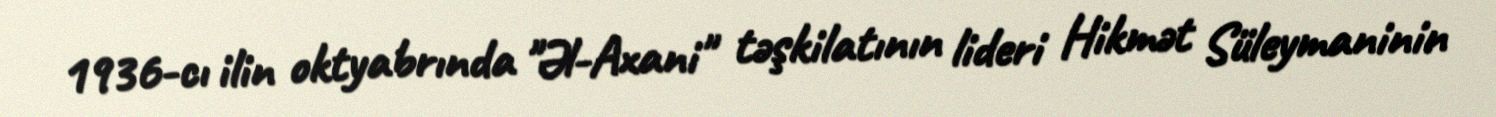
1936-cı ilin oktyabrında "Əl-Axani" təşkilatının lideri Hikmət Süleymaninin